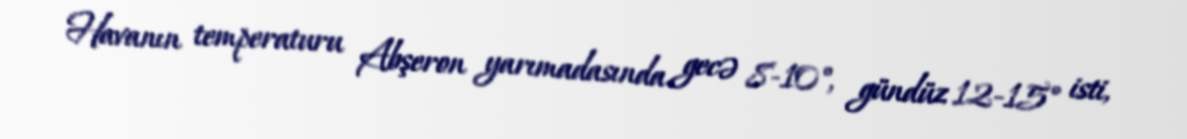
Havanın temperaturu Abşeron yarımadasında gecə 8-10°, gündüz 12-15° isti,